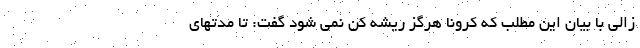
زالی با بیان این مطلب که کرونا هرگز ریشه کن نمی شود گفت: تا مدتهای